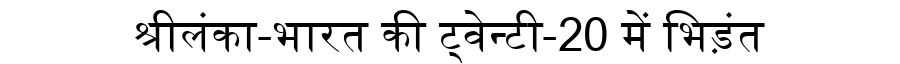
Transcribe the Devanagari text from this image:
श्रीलंका-भारत की ट्वेन्टी-20 में भिड़ंत